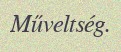
Műveltség.